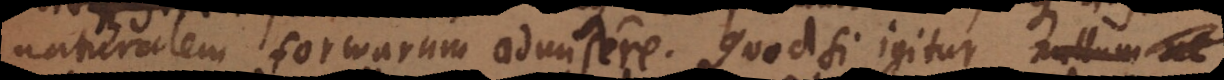
naturalem formarum admisere. Quodsi igitur nullum